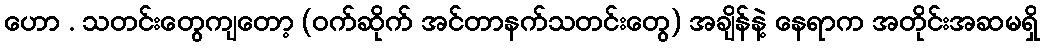
ဟော . သတင်းတွေကျတော့ (ဝက်ဆိုက် အင်တာနက်သတင်းတွေ) အချိန်နဲ့ နေရာက အတိုင်းအဆမရှိ